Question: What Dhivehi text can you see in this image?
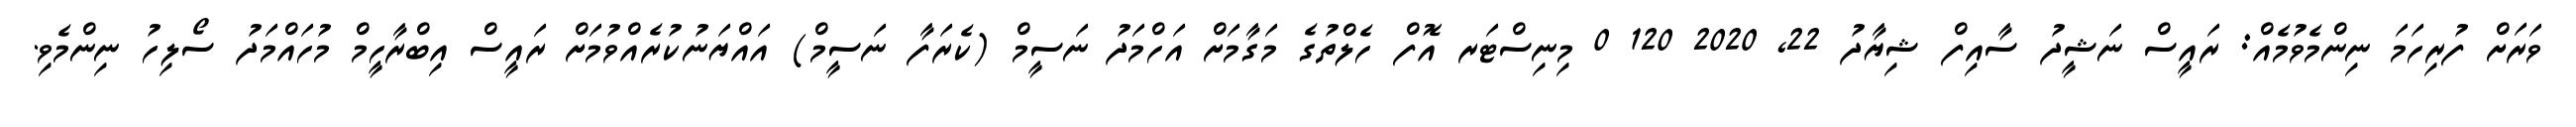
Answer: ވަރަށް ފުރިހަމަ ނިންމެވުމެއް: ރައީސް ނަޝީދު ސާއިފް ޝިޔާދު 22, 2020 120 0 މިނިސްޓަރ އޮފް ހެލްތުގެ މަގާމަށް އަހްމަދު ނަސީމް (ކެރަފާ ނަސީމް) އައްޔަނުކުރެއްވުމަށް ރައީސް އިބްރާހީމް މުހައްމަދު ސޯލިހު ނިންމެވި.